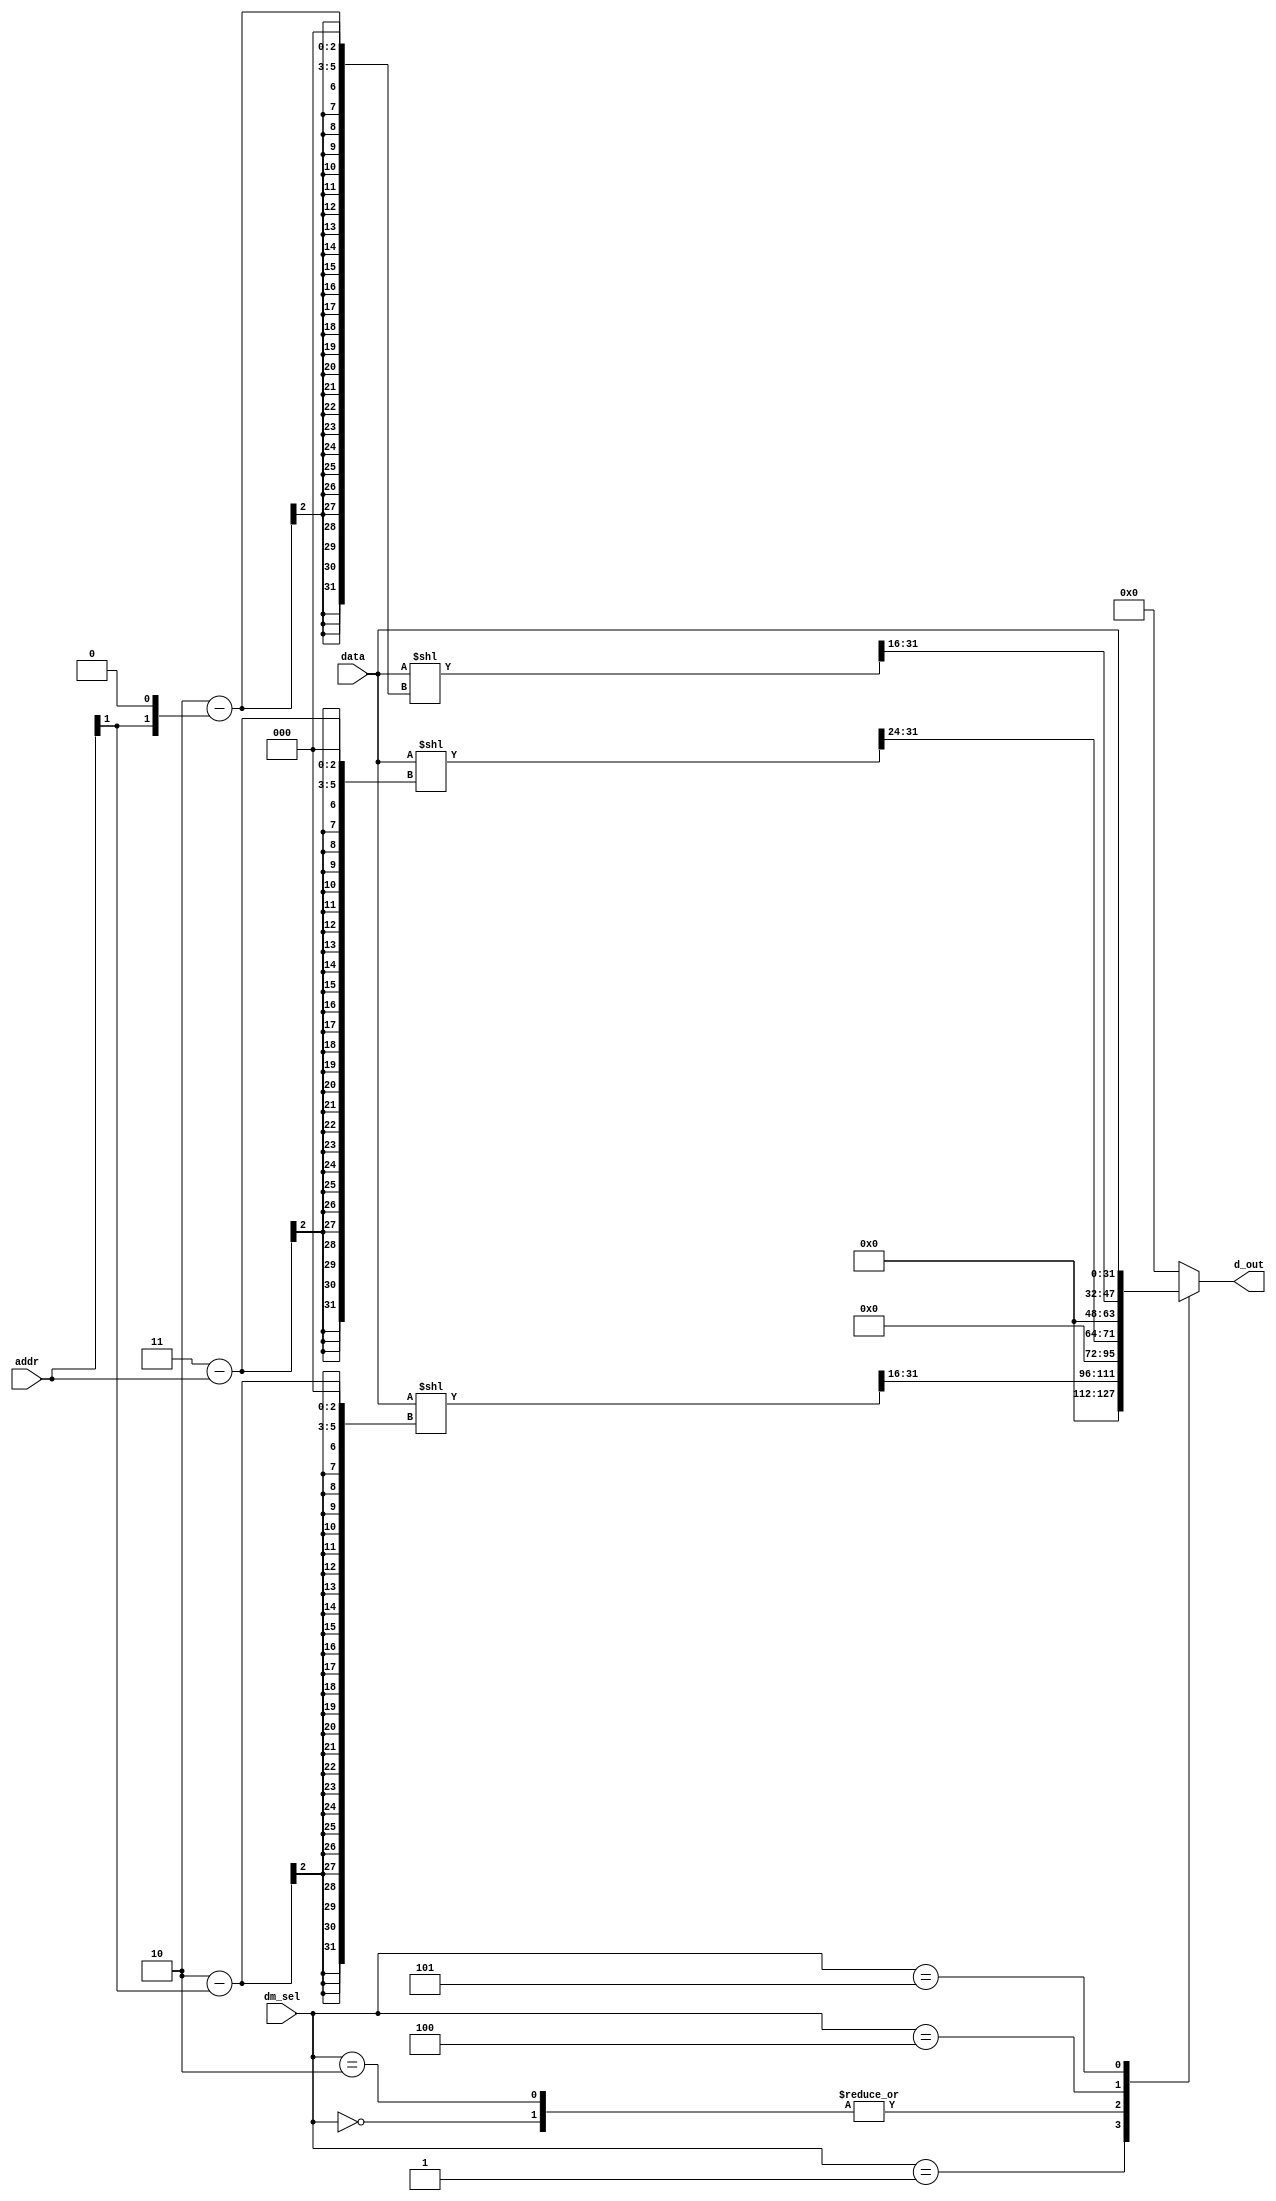
`timescale 1ns / 1ps
//////////////////////////////////////////////////////////////////////////////////
// Company: 
// Engineer: 
// 
// Design Name: 
// Module Name: load
// Project Name: 
// Target Devices: 
// Tool Versions: 
// Description: 
// 
// Dependencies: 
// 
// Revision:
// Revision 0.01 - File Created
// Additional Comments:
// 
//////////////////////////////////////////////////////////////////////////////////


module load(      input [2:0] dm_sel,
                  input [1:0] addr,
                  input [31:0] data,
                  output reg [31:0] d_out

    );
    
always @(*)
 case (dm_sel)
   3'b000:  d_out=  ((data << ((3-{3'd0,addr[1:0]})<<3))) >> 24;      //lbu
   3'b001: d_out=  ((data << ((2-{3'd0,addr[1]})<<3))) >> 16;         //lhu
   3'b010: d_out=((data << ((3-{3'd0,addr[1:0]})<<3))) >>> 24  ;              //lb
   3'b100: d_out=((data << ((2-{3'd0,addr[1], 1'd0})<<3))) >>> 16 ;
   3'b101: d_out=data;
   default:  d_out=32'h0;
   endcase
endmodule